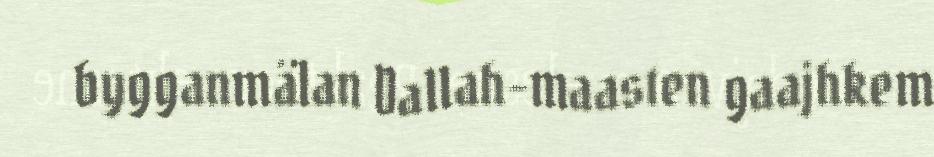
bygganmälan Dallah-maasten gaajhkem